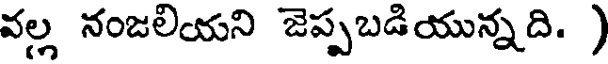
వల్ల నంజలియని జెప్పబడియున్నది. )